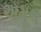
અમૂલ